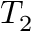
T _ { 2 }